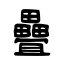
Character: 疊